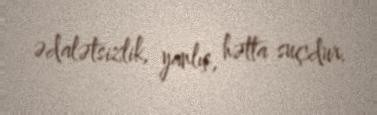
ədalətsizlik, yanlış, hətta suçdur.